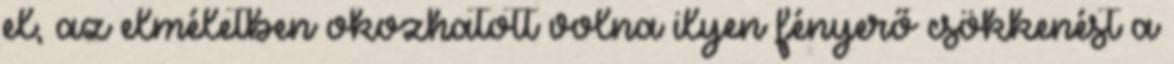
el, az elméletben okozhatott volna ilyen fényerő csökkenést a